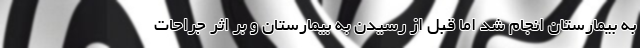
به بیمارستان انجام شد اما قبل از رسیدن به بیمارستان و بر اثر جراحات